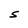
Character: S